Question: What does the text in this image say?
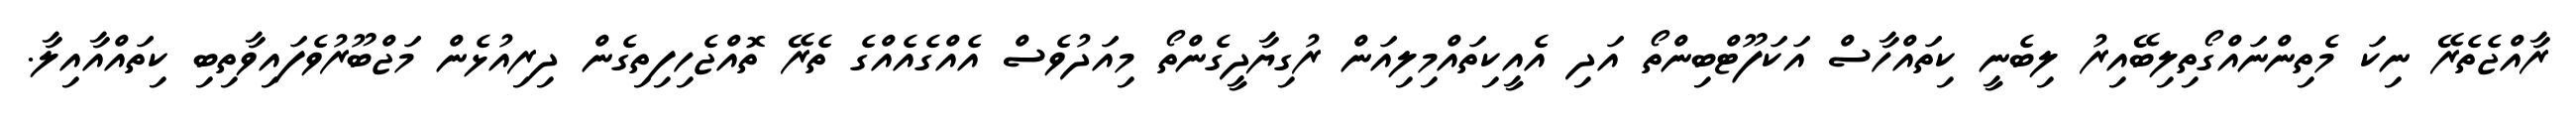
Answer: ރާއްޖެތެރޭ ނިކަ މެތިންނައްގޯތިލިބޭއިރު ލިބެނީ ކިތައްހާސް އަކަފޫޓްބިންތޯ އަދި އެއީކިތައްމިލިއަން ރުގިޔާދީގެންތޯ މިއަދުވެސް އެއްގެއެއްގެ ތެރޭ ތޮއްޖެހިފިތިގެން ދިރިއުޅެން މަޖްބޫރުވެފައިވާތިބި ކިތައްއާއިލާ.